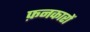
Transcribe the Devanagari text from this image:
फ़नकारों